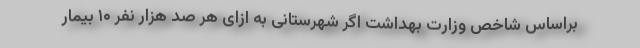
براساس شاخص وزارت بهداشت اگر شهرستانی به ازای هر صد هزار نفر ۱۰ بیمار